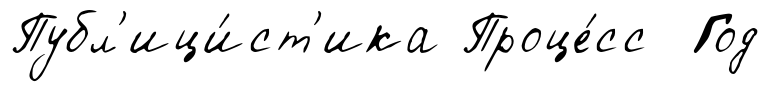
Публ'ици́ст'ика Проце́сс Год